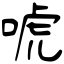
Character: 唬